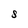
Character: S